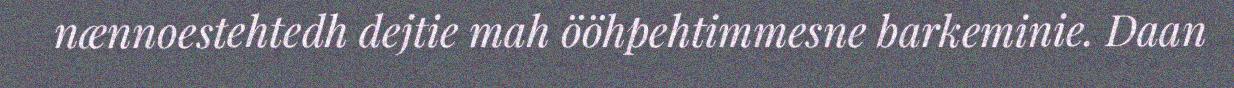
nænnoestehtedh dejtie mah ööhpehtimmesne barkeminie. Daan